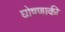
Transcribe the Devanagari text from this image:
घोषणाकी